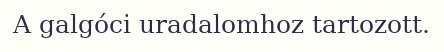
A galgóci uradalomhoz tartozott.